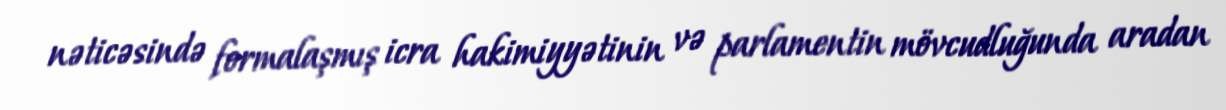
nəticəsində formalaşmış icra hakimiyyətinin və parlamentin mövcudluğunda aradan